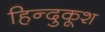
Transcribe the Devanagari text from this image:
हिन्दुकूश